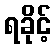
ရခိုင့်